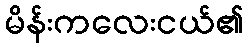
မိန်းကလေးငယ်၏